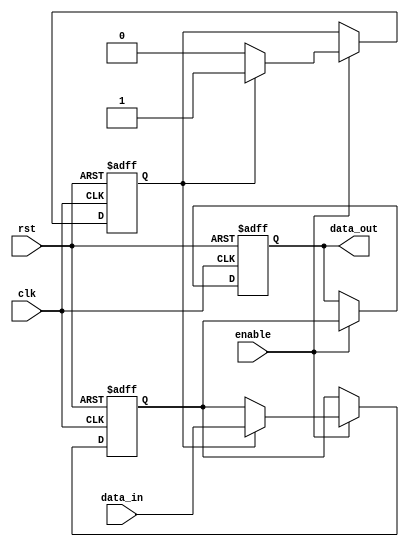
module low_power_buffer (
    input wire clk, // Clock signal
    input wire rst, // Reset signal
    input wire enable, // Enable signal for buffer
    input wire [7:0] data_in, // Input data
    output reg [7:0] data_out // Output data
);

reg [7:0] internal_data; // Internal data storage
reg active; // Flag to monitor activity of output signals

always @ (posedge clk or posedge rst) begin
    if (rst) begin
        internal_data <= 8'b0;
        data_out <= 8'b0;
        active <= 1'b0;
    end else if (enable) begin
        if (active) begin
            internal_data <= data_in;
            data_out <= internal_data;
            active <= 1'b1;
        end else begin
            data_out <= internal_data;
            active <= 1'b0;
        end
    end
end

endmodule